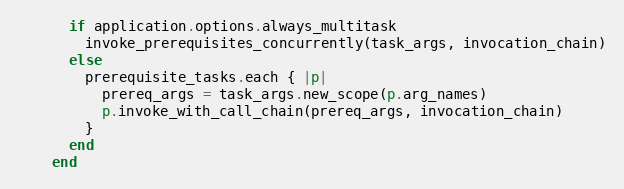
Language: Ruby
      if application.options.always_multitask
        invoke_prerequisites_concurrently(task_args, invocation_chain)
      else
        prerequisite_tasks.each { |p|
          prereq_args = task_args.new_scope(p.arg_names)
          p.invoke_with_call_chain(prereq_args, invocation_chain)
        }
      end
    end